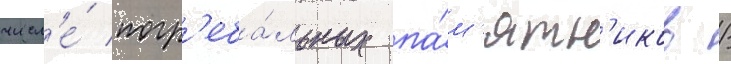
числ'е́ погр'еба́льных па́м'ятн'иков /